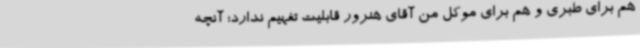
هم برای طبری و هم برای موکل من آقای هنرور قابلیت تفهیم ندارد؛ آنچه